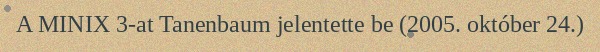
A MINIX 3-at Tanenbaum jelentette be (2005. október 24.)